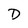
Character: D